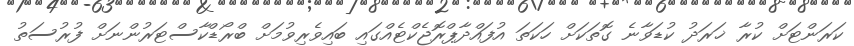
ކަރަންޓަށް ކުރާ ޚަރަދު ކުޑަވާނެ ގޮތަކަށް ހަކަތަ އުފައްދާޕްރޮޖެކްޓެއްގައި ބައިވެރިވުމަށް ބްރޯޑްކާސްޓަރުންނަށް ފުރުސަތު